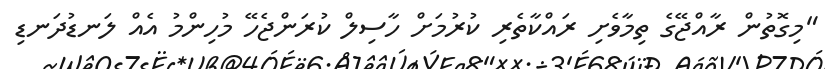
"މިގޮތުން ރާއްޖޭގެ ތިމާވެށި ރައްކާތެރި ކުރުމަަށް ހާސިލް ކުރަންޖެހޭ މުހިންމު އެއް ލަނޑުދަނޑި